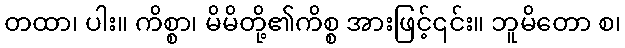
တထာ၊ ပါး။ ကိစ္စာ၊ မိမိတို့၏ကိစ္စ အားဖြင့်၎င်း။ ဘူမိတော စ၊